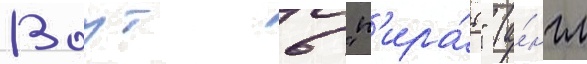
Воут 6 "п'ира́т" (а́нгл